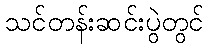
သင်တန်းဆင်းပွဲတွင်